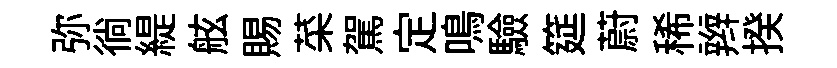
弥徜緹舷賜菜駕定鳴驗筵蔚稀辫揆